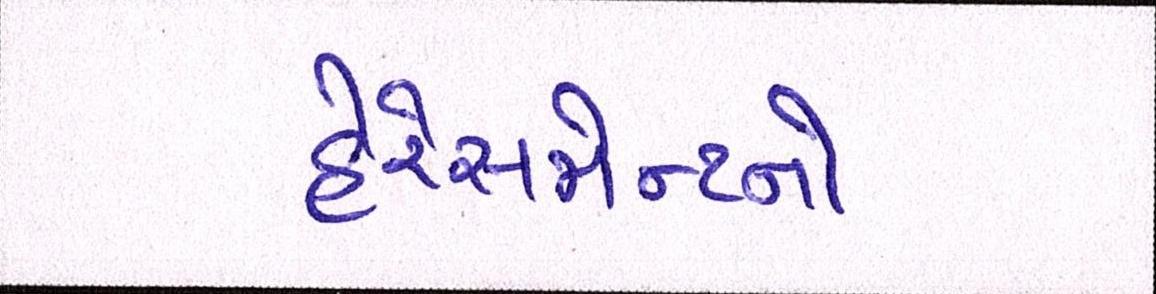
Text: હેરેસમેન્ટનો